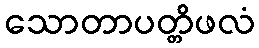
သောတာပတ္တိဖလံ